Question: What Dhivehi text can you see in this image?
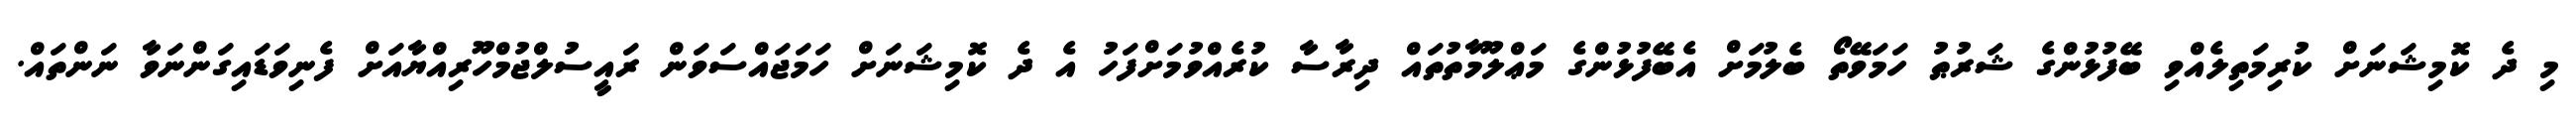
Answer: މި ދެ ކޮމިޝަނަށް ކުރިމަތިލެއްވި ބޭފުޅުންގެ ޝަރުޠު ހަމަވޭތޯ ބެލުމަށް އެބޭފުޅުންގެ މަޢްލޫމާތުތައް ދިރާސާ ކުރެއްވުމަށްފަހު އެ ދެ ކޮމިޝަނަށް ހަމަޖައްސަވަން ރައީސުލްޖުމްހޫރިއްޔާއަށް ފެނިވަޑައިގަންނަވާ ނަންތައް.